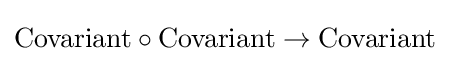
\mathrm {Covariant} \circ \mathrm {Covariant} \to \mathrm {Covariant}